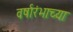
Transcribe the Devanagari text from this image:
वर्षारंभाच्या